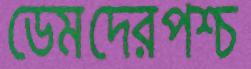
ডেমদেরপশ্চ